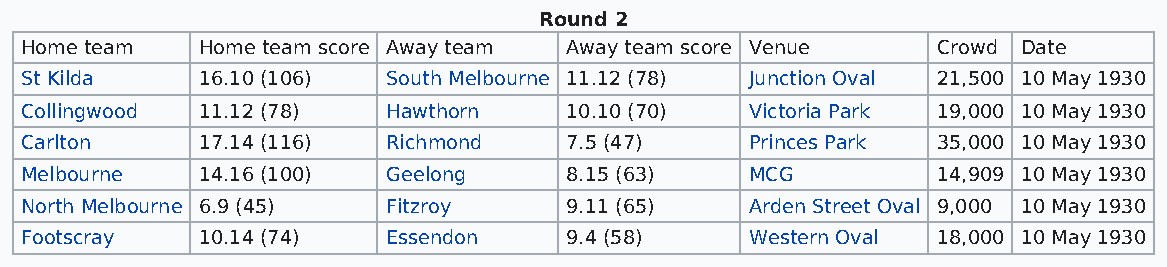
Round 2
 Home team   Home team score Away team Away team score Venue  Crowd Date
 St Kilda    16.10 (106)  South Melbourne 11.12 (78) Junction Oval 21,500 10 May 1930
 Collingwood 11.12 (78)   Hawthorn   10.10 (70)   Victoria Park 19,000 10 May 1930
 Carlton     17.14 (116)  Richmond   7.5 (47)     Princes Park 35,000 10 May 1930
 Melbourne   14.16 (100)  Geelong    8.15 (63)    MCG         14,909 10 May 1930
 North Melbourne 6.9 (45) Fitzroy    9.11 (65)    Arden Street Oval 9,000 10 May 1930
 Footscray   10.14 (74)   Essendon   9.4 (58)     Western Oval 18,000 10 May 1930